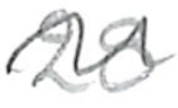
Text: 28
Cross-out: wave
Writing tool: pencil